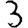
Digit: 3